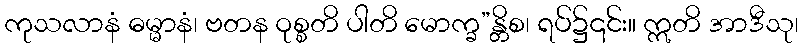
ကုသလာနံ ဓမ္မာနံ၊ ဗတန ဝုစ္စတိ ပါတိ မောက္ခ”န္တိစ၊ ရပ်၌၎င်း။ ဣတိ အာဒီသု၊